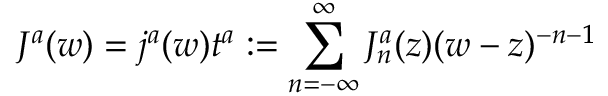
J ^ { a } ( w ) = j ^ { a } ( w ) t ^ { a } : = \sum _ { n = - \infty } ^ { \infty } J _ { n } ^ { a } ( z ) ( w - z ) ^ { - n - 1 }